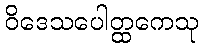
ဝိဒေသပေါတ္ထကေသု